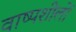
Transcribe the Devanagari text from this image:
वाष्पशीलों